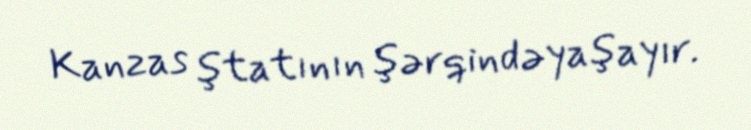
Kanzas ştatının şərqindəyaşayır.